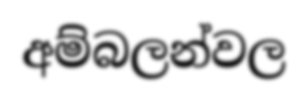
අම්බලන්වල